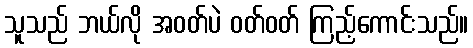
သူသည် ဘယ်လို အဝတ်ပဲ ဝတ်ဝတ် ကြည့်ကောင်းသည်။